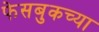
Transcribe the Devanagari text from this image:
फेसबुकच्या